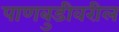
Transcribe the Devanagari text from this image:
पाणबुडीवरील